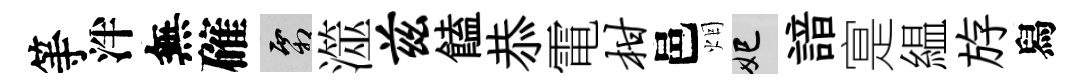
等泮無確霜澨兹饁恭電柑邑烟妃諳寔緼斿舄